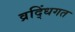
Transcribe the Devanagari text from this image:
व्रद्धिंगत